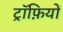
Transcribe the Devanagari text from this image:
ट्रॉफ़ियों